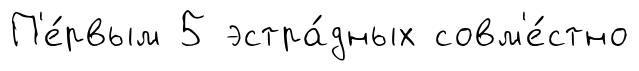
П'е́рвым 5 эстра́дных совм'е́стно